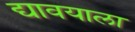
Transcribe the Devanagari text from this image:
द्यावयाला